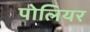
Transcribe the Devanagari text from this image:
पोलियर